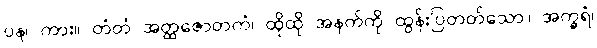
ပန၊ ကား။ တံတံ အတ္ထဇောတကံ၊ ထိုထို အနက်ကို ထွန်းပြတတ်သော။ အက္ခရံ၊